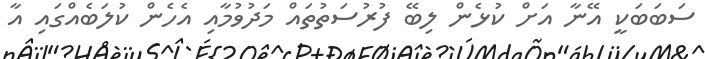
ސަބަބަކީ އޭނާ އަށް ކުޅެން ލިބޭ ފުރުސަތުތައް މަދުވުމާއި އެހެން ކުލަބެއްގައި އާ